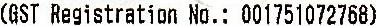
(GST REGISTRATION NO.: 001751072768)